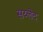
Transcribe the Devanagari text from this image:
सय्लेद